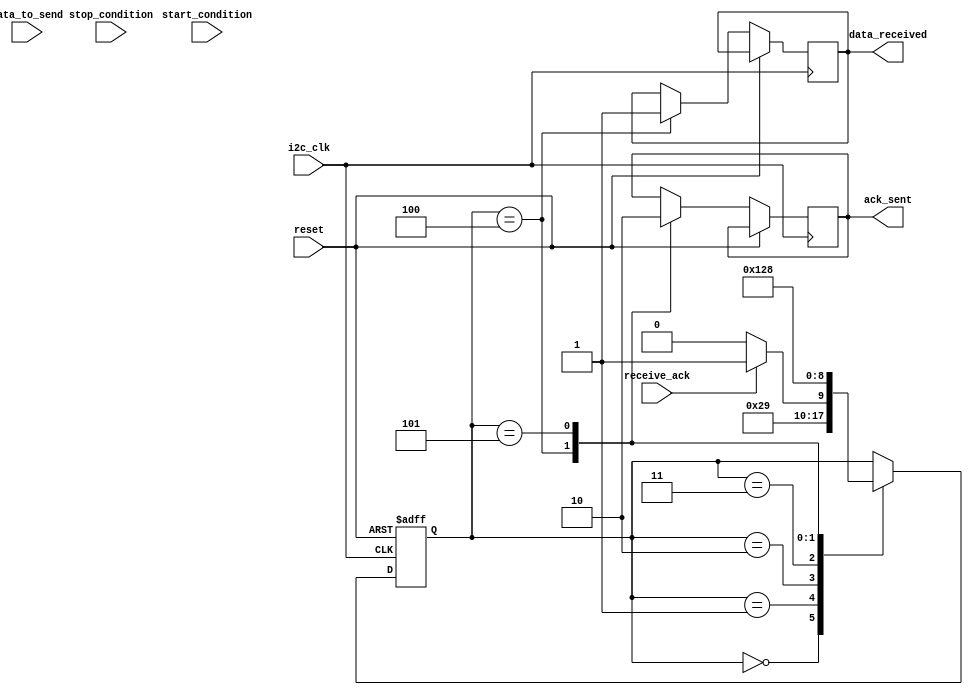
module i2c_controller (
    input wire i2c_clk,
    input wire reset,
    input wire start_condition,
    input wire stop_condition,
    input wire data_to_send,
    input wire receive_ack,
    output wire data_received,
    output wire ack_sent
);

reg [2:0] state;
reg [7:0] i2c_data;
reg [7:0] data_buffer;

always @(posedge i2c_clk or posedge reset) begin
    if (reset) begin
        state <= 3'b000;
        i2c_data <= 8'b0;
        data_buffer <= 8'b0;
    end else begin
        case (state)
            3'b000: begin // Start condition
                state <= 3'b001;
            end
            3'b001: begin // Send data
                i2c_data <= data_to_send;
                state <= 3'b010;
            end
            3'b010: begin // Receive ACK
                if (receive_ack) begin
                    state <= 3'b011;
                end else begin
                    state <= 3'b010;
                end
            end
            3'b011: begin // Stop condition
                state <= 3'b100;
            end
            3'b100: begin // Data received
                data_received <= 1;
                ack_sent <= 1;
                state <= 3'b101;
            end
            3'b101: begin // Idle state
                state <= 3'b000;
                ack_sent <= 0;
            end
        endcase
    end
end

endmodule